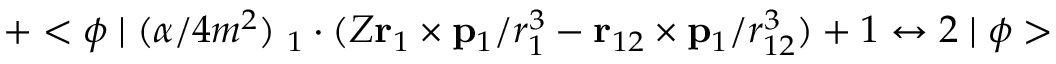
+ < \phi \mid { ( \alpha / 4 m ^ { 2 } ) { \bf \sigma } _ { 1 } \cdot ( Z { \bf r } _ { 1 } \times { \bf p } _ { 1 } / r _ { 1 } ^ { 3 } - { \bf r } _ { 1 2 } \times { \bf p } _ { 1 } / r _ { 1 2 } ^ { 3 } ) } + { 1 \leftrightarrow 2 } \mid \phi >